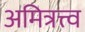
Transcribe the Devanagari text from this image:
अमित्रत्त्व